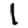
Digit: 1